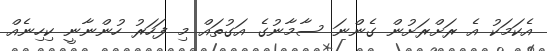
އެކަމަކު އެ ރަށްރަށުން ގެންނަ ސާމާނުގެ އަގުތައް މި ފަހަރު ހުންނާނީ ކިހިނެއް